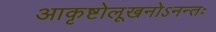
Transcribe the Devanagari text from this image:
आकृष्टोलूखनोऽनन्तः